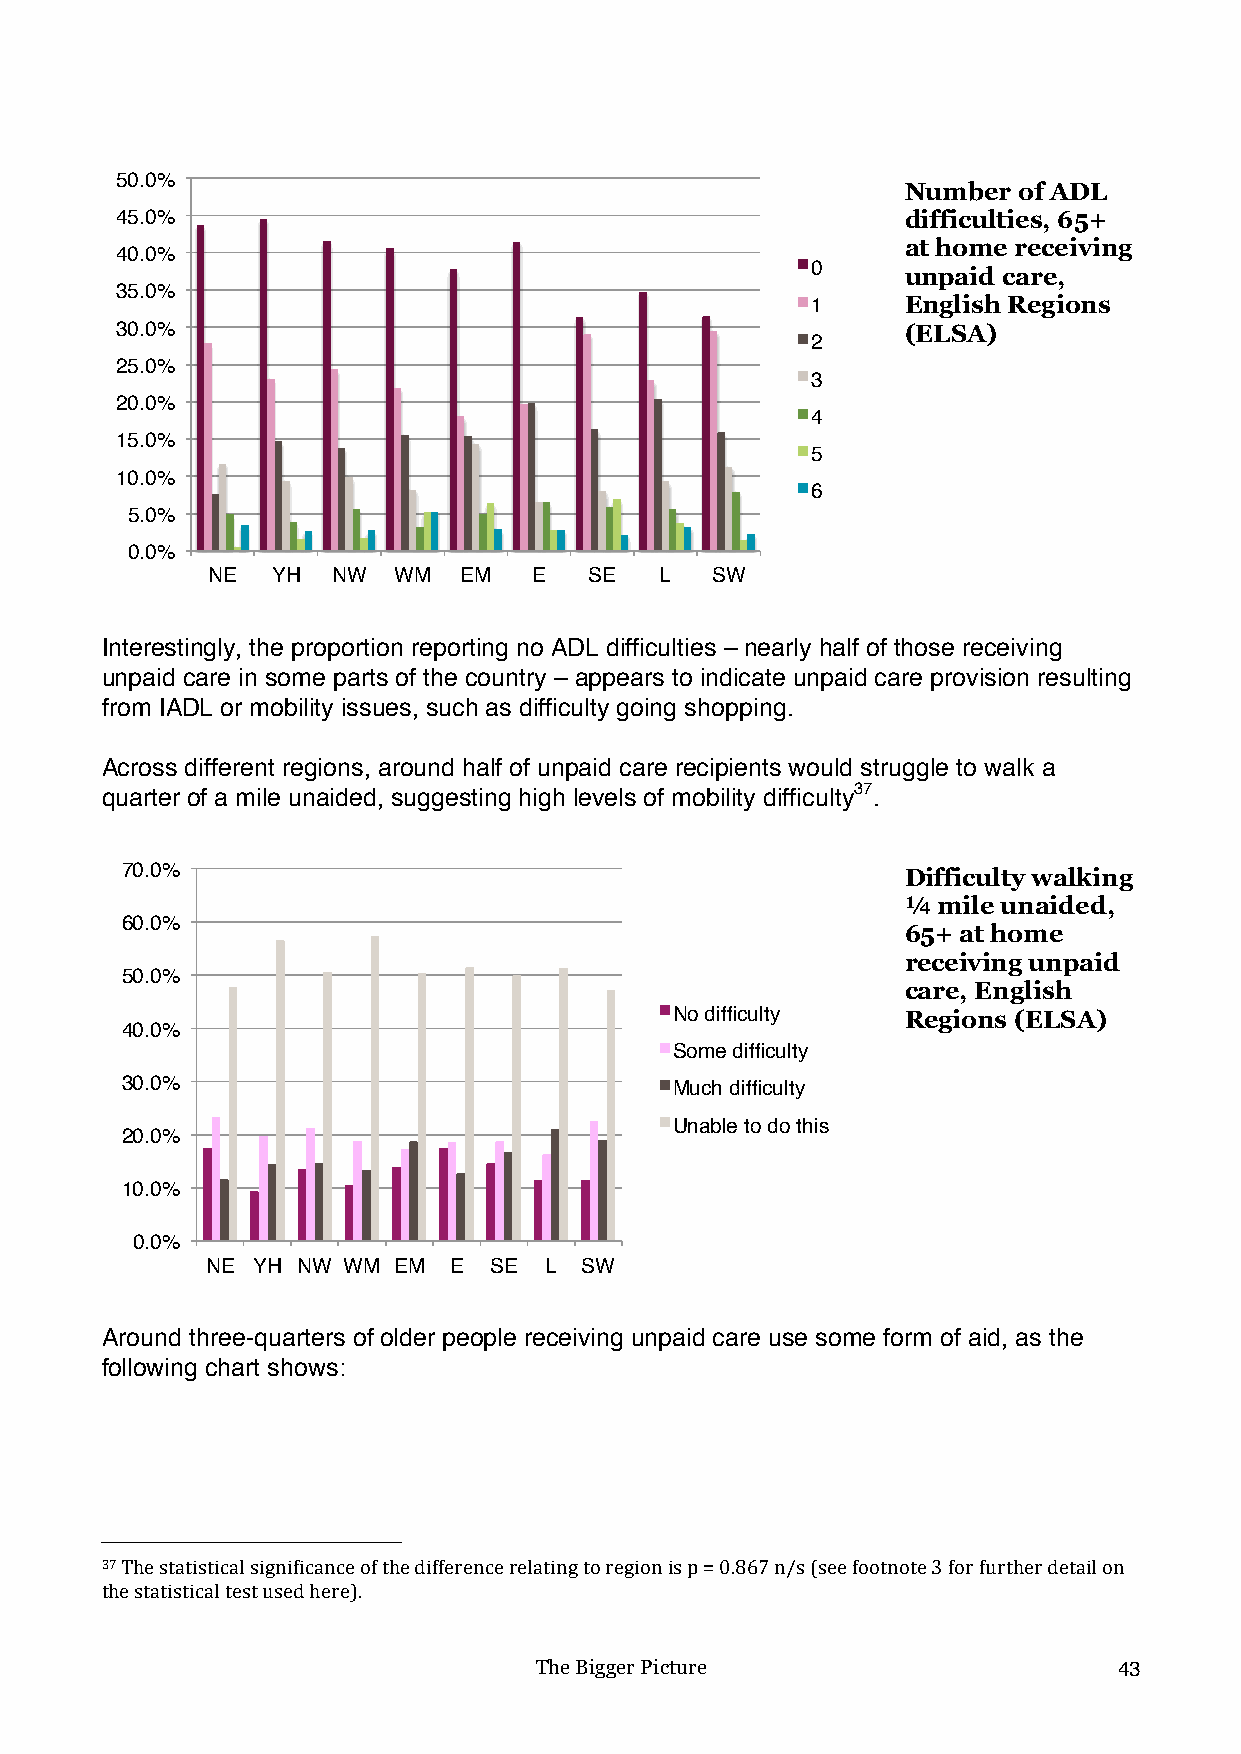
50.0%
 Number of ADL
 45.0%                                               difficulties, 65+
 at home receiving
 40.0%
 0
 unpaid care,
 35.0%
 1     English Regions
 30.0%                                               (ELSA)
 2
 25.0%
 3
 20.0%
 4
 15.0%
 5
 10.0%
 6
 5.0%
 0.0%
 NE  YH  NW  WM  EM   E   SE   L  SW
 Interestingly, the proportion reporting no ADL difficulties – nearly half of those receiving
 unpaid care in some parts of the country – appears to indicate unpaid care provision resulting
 from IADL or mobility issues, such as difficulty going shopping.
 Across different regions, around half of unpaid care recipients would struggle to walk a
 quarter of a mile unaided, suggesting high levels of mobility difficulty37.
 70.0%                                               Difficulty walking
 ¼ mile unaided,
 60.0%
 65+ at home
 receiving unpaid
 50.0%
 care, English
 No difficulty  Regions (ELSA)
 40.0%
 Some difficulty
 30.0%                                Much difficulty
 Unable to do this
 20.0%
 10.0%
 0.0%
 NE YH NW WM EM  E SE  L SW
 !
 Around three-quarters of older people receiving unpaid care use some form of aid, as the
 following chart shows:
 !!!!!!!!!!!!!!!!!!!!!!!!!!!!!!!!!!!!!!!!!!!!!!!!!!!!!!!!
 37!The!statistical!significance!of!the!difference!relating!to!region!is!p!=!0.867!n/s!(see!footnote!3!for!further!detail!on!
 the!statistical!test!used!here).!
 The Bigger Picture                     43